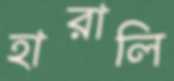
হারালি